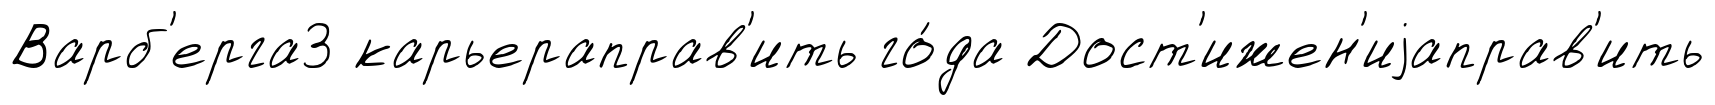
Варб'ерга3 карьераправ'ить го́да Дост'ижен'иjаправ'ить